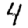
Digit: 4